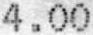
4.00